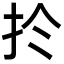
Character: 扵